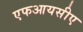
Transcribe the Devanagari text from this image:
एफआयसीए